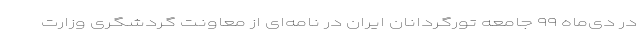
در دی‌ماه ۹۹ جامعه تورگردانان ایران در نامه‌ای از معاونت گردشگری وزارت